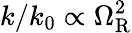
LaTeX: k/k_{0}\propto\Omega_{\mathrm{R}}^{2}